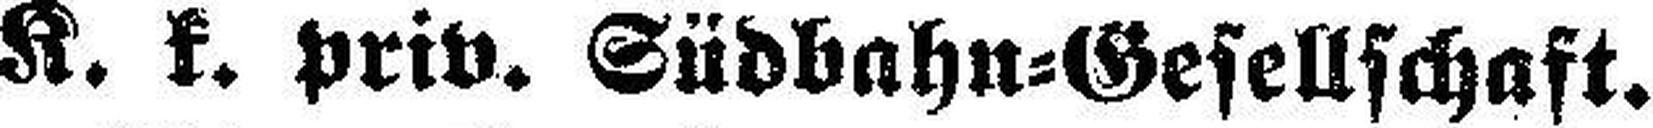
K. k. priv. Südbahn=Gesellschaft.